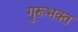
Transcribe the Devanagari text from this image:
गुरूभक्त